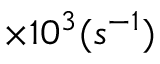
\times 1 0 ^ { 3 } ( s ^ { - 1 } )